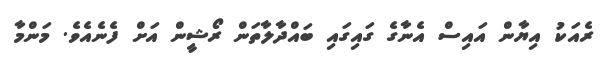
ރެއަކު އިޔާން އައިސް އެނާގެ ގައިގައި ބައްދާލާތަން ރޯޝީން އަށް ފެނެއެވެ. މަންމާ